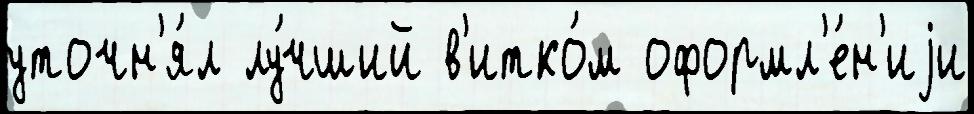
уточн'я́л лу́чший в'итко́м оформл'е́н'иjи